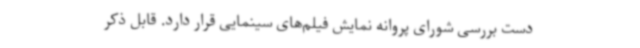
دست بررسی شورای پروانه نمایش فیلم‌های سینمایی قرار دارد. قابل ذکر